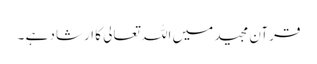
قرآن مجید میں اللہ تعالی کا ارشاد ہے ۔